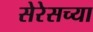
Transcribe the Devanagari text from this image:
सेरेसच्या